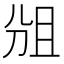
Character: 𠜞